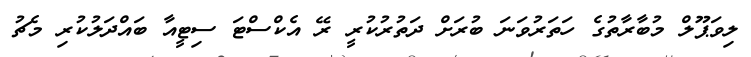
ލިވަޕޫލް މުބާރާތުގެ ހަތަރުވަނަ ބުރަށް ދަތުރުކުރީ ރޭ އެކްސްޓަ ސިޓީއާ ބައްދަލުކުރި މެޗު